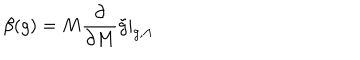
\beta ( g ) = M \frac { \partial } { \partial M } \tilde { g } | _ { g , \Lambda }